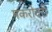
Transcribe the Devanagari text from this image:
मकरोदरी